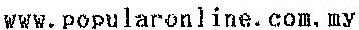
WWW.POPULARONLINE.COM.MY